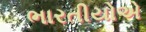
ભારતીયોએ